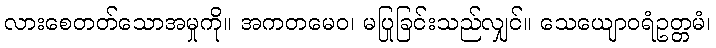
လားစေတတ်သောအမှုကို။ အကတမေဝ၊ မပြုခြင်းသည်လျှင်။ သေယျောဝရံဥတ္တမံ၊